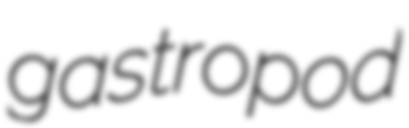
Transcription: gastropod